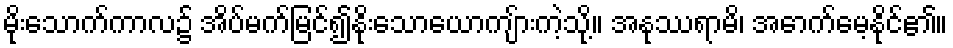
မိုးသောက်ကာလ၌ အိပ်မက်မြင်၍နိုးသောယောကျ်ားကဲ့သို့။ အနုဿရာမိ၊ အောက်မေ့နိုင်၏။